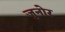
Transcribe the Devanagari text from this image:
जुनोर